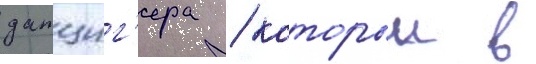
данциг'ера / которыи в